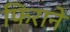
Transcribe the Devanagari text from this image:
फिराने